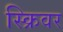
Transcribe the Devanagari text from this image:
स्क्रिवर